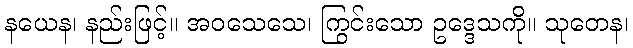
နယေန၊ နည်းဖြင့်။ အဝသေသေ၊ ကြွင်းသော ဥဒ္ဒေသကို။ သုတေန၊